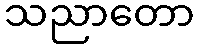
သညာတော